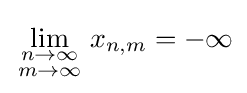
\lim _{\begin{smallmatrix}n\to \infty \\m\to \infty \end{smallmatrix}}x_{n,m}=-\infty